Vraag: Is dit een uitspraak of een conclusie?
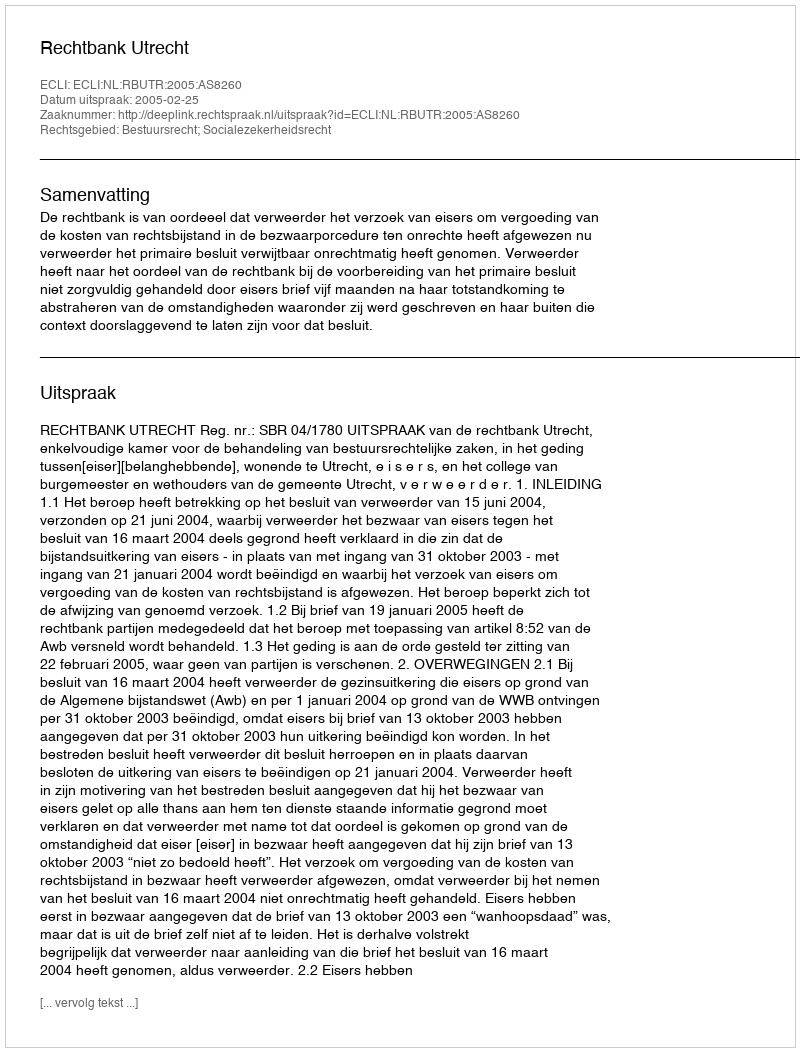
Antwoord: Uitspraak